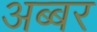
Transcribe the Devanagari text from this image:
अब्बर